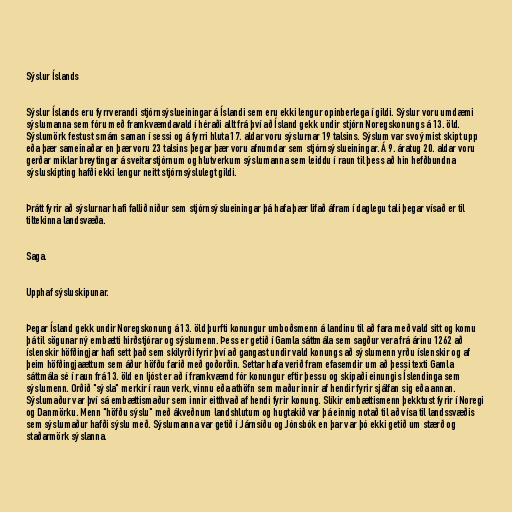
Sýslur Íslands

Sýslur Íslands eru fyrrverandi stjórnsýslueiningar á Íslandi sem eru ekki lengur opinberlega í gildi. Sýslur voru umdæmi
sýslumanna sem fóru með framkvæmdavald í héraði allt frá því að Ísland gekk undir stjórn Noregskonungs á 13. öld.
Sýslumörk festust smám saman í sessi og á fyrri hluta 17. aldar voru sýslurnar 19 talsins. Sýslum var svo ýmist skipt upp
eða þær sameinaðar en þær voru 23 talsins þegar þær voru afnumdar sem stjórnsýslueiningar. Á 9. áratug 20. aldar voru
gerðar miklar breytingar á sveitarstjórnum og hlutverkum sýslumanna sem leiddu í raun til þess að hin hefðbundna
sýsluskipting hafði ekki lengur neitt stjórnsýslulegt gildi.

Þrátt fyrir að sýslurnar hafi fallið niður sem stjórnsýslueiningar þá hafa þær lifað áfram í daglegu tali þegar vísað er til
tiltekinna landsvæða.

Saga.

Upphaf sýsluskipunar.

Þegar Ísland gekk undir Noregskonung á 13. öld þurfti konungur umboðsmenn á landinu til að fara með vald sitt og komu
þá til sögunar ný embætti hirðstjórar og sýslumenn. Þess er getið í Gamla sáttmála sem sagður vera frá árinu 1262 að
íslenskir höfðingjar hafi sett það sem skilyrði fyrir því að gangast undir vald konungs að sýslumenn yrðu íslenskir og af
þeim höfðingjaættum sem áður höfðu farið með goðorðin. Settar hafa verið fram efasemdir um að þessi texti Gamla
sáttmála sé í raun frá 13. öld en ljóst er að í framkvæmd fór konungur eftir þessu og skipaði einungis Íslendinga sem
sýslumenn. Orðið "sýsla" merkir í raun verk, vinnu eða athöfn sem maður innir af hendir fyrir sjálfan sig eða annan.
Sýslumaður var því sá embættismaður sem innir eitthvað af hendi fyrir konung. Slíkir embættismenn þekktust fyrir í Noregi
og Danmörku. Menn "höfðu sýslu" með ákveðnum landshlutum og hugtakið var þá einnig notað til að vísa til landssvæðis
sem sýslumaður hafði sýslu með. Sýslumanna var getið í Járnsíðu og Jónsbók en þar var þó ekki getið um stærð og
staðarmörk sýslanna.